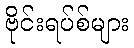
ဗိုင်းရပ်စ်များ